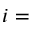
i =